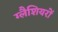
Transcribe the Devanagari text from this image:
ग्लैशियरों